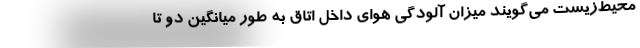
محیط‌زیست می‌گویند میزان آلودگی هوای داخل اتاق به طور میانگین دو تا